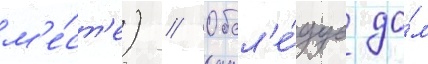
м'е́ст'е) // Обсл'е́дуа до́м